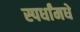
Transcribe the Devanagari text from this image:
स्पर्धांमधे